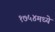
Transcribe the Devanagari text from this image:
१७५४मध्ये